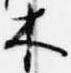
木